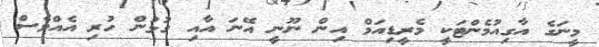
މީނަގެ އާގިއުމެންޓަކީ މެރީޑިއަމް އިން ނޫނީ އޭނަ އާއި ގުޅުން ހުރި އެއްވެސް